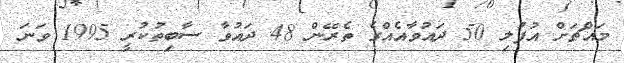
މައްޗަށް އުފުލި 50 ދައުވާއެއްގެ ތެރޭން 48 ދައުވާ ސާބިތުކުރީ 1995 ވަނަ